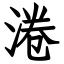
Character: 淃